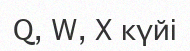
Q, W, X күйі